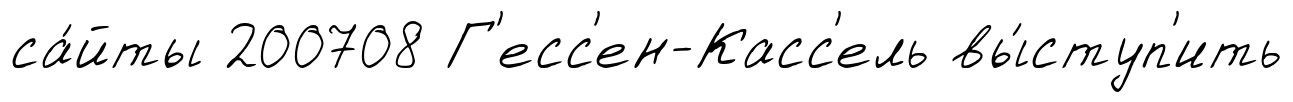
са́йты 200708 Г'есс'ен-Касс'ель вы́ступ'ить